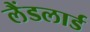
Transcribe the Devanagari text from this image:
लैंडलार्ड